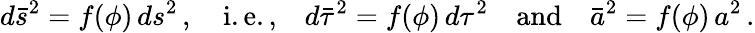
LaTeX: d\bar{s}^{2}=f(\phi)\, ds^{2}\, ,\quad\mathrm{i.e.,}\quad d\bar{\tau}^{2}=f(\phi)\, d\tau^{2}\quad\mathrm{and}\quad\bar{a}^{2}=f(\phi)\, a^{2}\, .